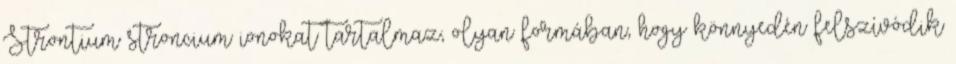
Strontium stroncium ionokat tartalmaz, olyan formában, hogy könnyedén felszívódik